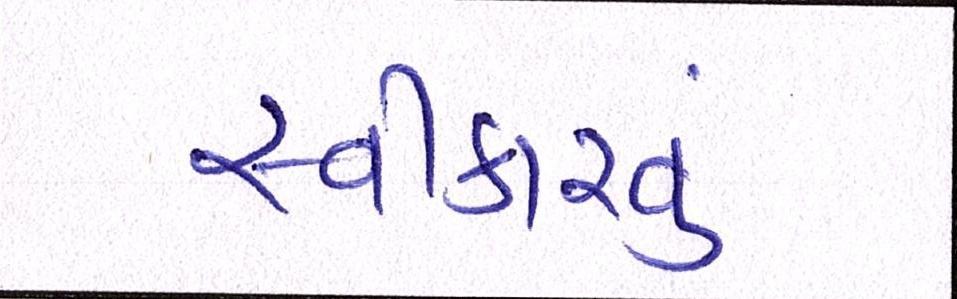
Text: સ્વીકારવું